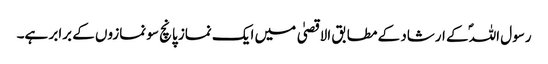
رسول اللہؐ کے ارشاد کے مطابق الاقصیٰ میں ایک نماز پانچ سو نمازوں کے برابر ہے۔